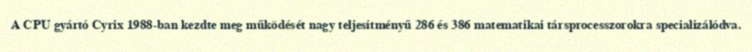
A CPU gyártó Cyrix 1988-ban kezdte meg működését nagy teljesítményű 286 és 386 matematikai társprocesszorokra specializálódva.